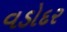
વડોદર